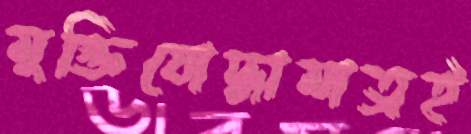
মুক্তিযোদ্ধামাত্রই